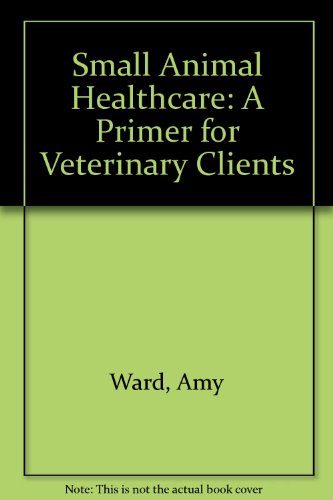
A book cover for Small Animal Healthcare: A Primer for Veterinary Clients; Amy Ward; Medical Books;